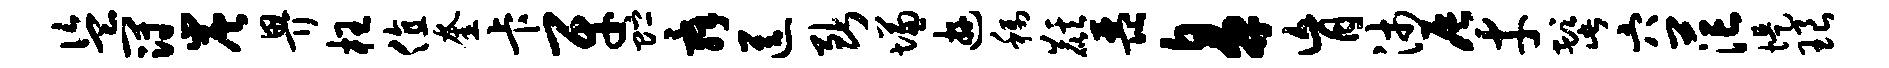
盗冠炭畀枉值奎卡牙贮舜送断慊游称麒琵鼻肓沛辰才髭穴茫堤琅